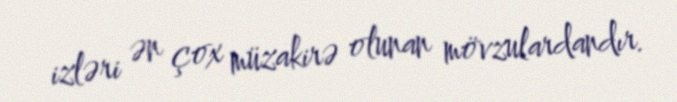
izləri ən çox müzakirə olunan mövzulardandır.